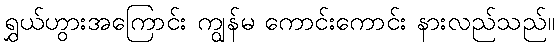
ရွှယ်ဟွားအကြောင်း ကျွန်မ ကောင်းကောင်း နားလည်သည်။